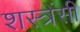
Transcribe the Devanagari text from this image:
शस्त्रेंसी